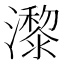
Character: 𤂱